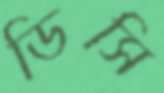
ডিসি